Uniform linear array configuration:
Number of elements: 32
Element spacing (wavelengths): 1
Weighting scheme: cosine
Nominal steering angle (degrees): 15
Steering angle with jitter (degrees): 14.036
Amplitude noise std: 0.05
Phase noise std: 0.05

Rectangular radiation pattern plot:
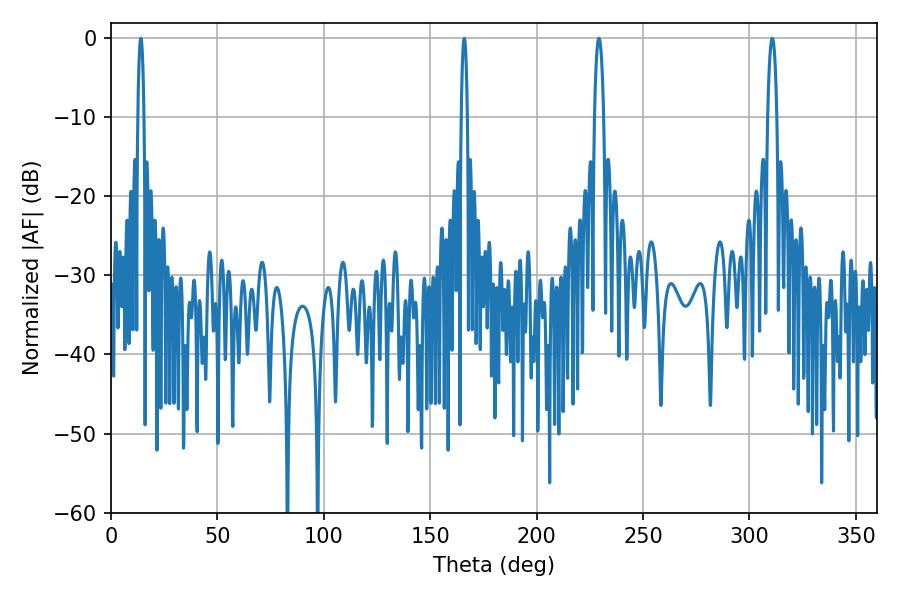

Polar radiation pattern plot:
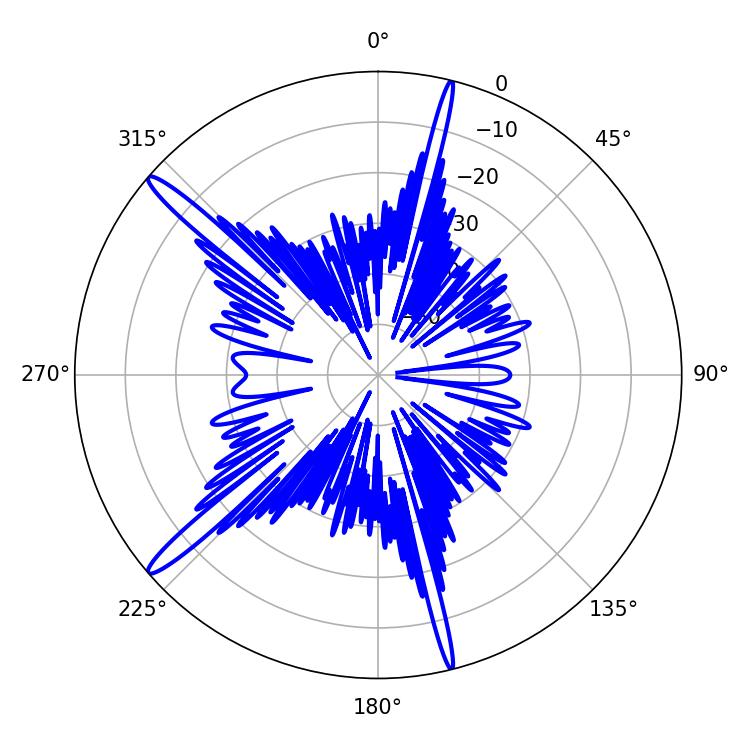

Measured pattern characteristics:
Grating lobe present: TRUE
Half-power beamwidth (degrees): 1.44
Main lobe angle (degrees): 14.04